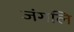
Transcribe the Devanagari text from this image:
जंगलि